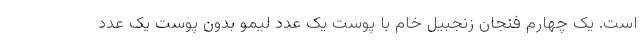
است. یک چهارم فنجان زنجبیل خام با پوست یک عدد لیمو بدون پوست یک عدد